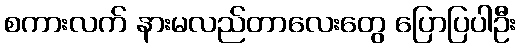
စကားလက် နားမလည်တာလေးတွေ ပြောပြပါဦး